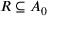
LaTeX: R \subseteq A _ { 0 }